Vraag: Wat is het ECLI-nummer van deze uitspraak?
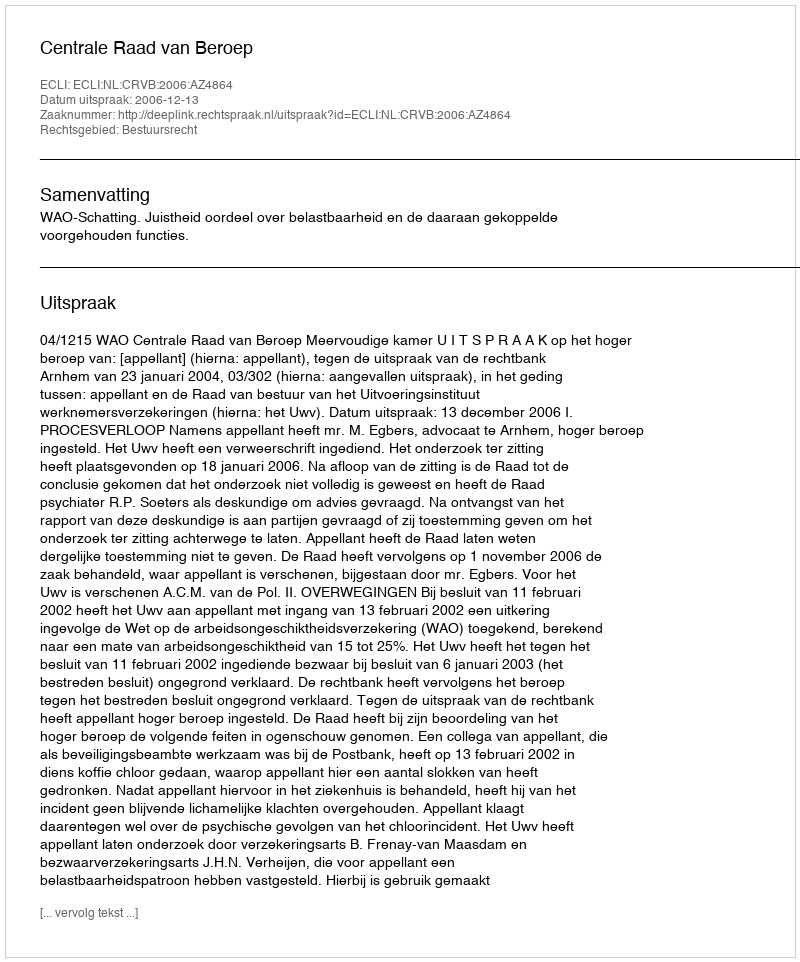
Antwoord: ECLI:NL:CRVB:2006:AZ4864